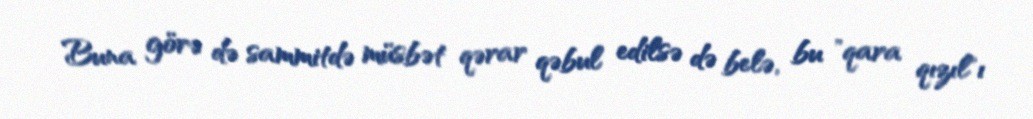
Buna görə də sammitdə müsbət qərar qəbul edilsə də belə, bu "qara qızıl"ı